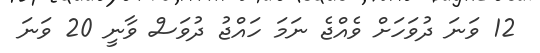
12 ވަނަ ދުވަހަށް ވެއްޖެ ނަމަ ހައްޖު ދުވަސް ވާނީ 20 ވަނަ